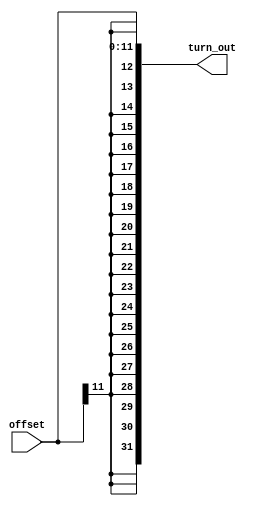
module sign_extend(
	offset,
	turn_out
);

parameter bit_size=32;
parameter imm_size=12;

input [imm_size-1:0] offset;
output reg [bit_size-1:0] turn_out;

always @ (offset) begin
  turn_out[imm_size-1:0]=offset[imm_size-1:0];
  turn_out[bit_size-1:imm_size]={(bit_size-imm_size){offset[imm_size-1]}};  //repeat the first digit of offset
end

endmodule